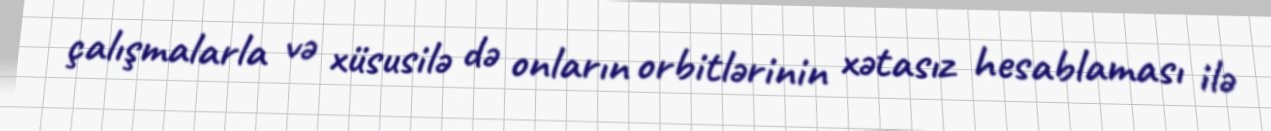
çalışmalarla və xüsusilə də onların orbitlərinin xətasız hesablaması ilə